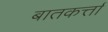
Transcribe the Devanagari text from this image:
बातकर्त्ता